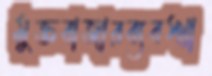
মুক্তবাজারব্যবস্থা